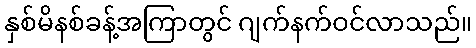
နှစ်မိနစ်ခန့်အကြာတွင် ဂျက်နက်ဝင်လာသည်။